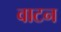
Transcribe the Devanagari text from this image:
वाटन